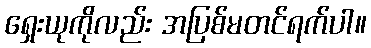
ရှေးယုကိုလည်း အပြစ်မတင်ရက်ပါ။